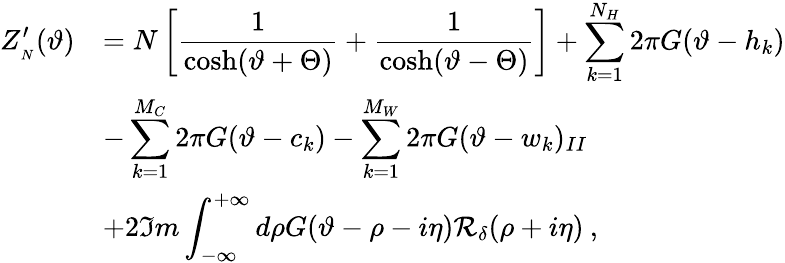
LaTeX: \begin{array}{rl}{{\displaystyle Z_{_{N}}^{\prime}(\vartheta)}}&{{=N\left[\displaystyle\frac{1}{\cosh(\vartheta+\Theta)}+\displaystyle\frac{1}{\cosh(\vartheta-\Theta)}\right]+\displaystyle\sum_{k=1}^{N_{H}}2\pi G(\vartheta-h_{k})}}\\ {{}}&{{-\displaystyle\sum_{k=1}^{M_{C}}2\pi G(\vartheta-c_{k})-\displaystyle\sum_{k=1}^{M_{W}}2\pi G(\vartheta-w_{k})_{II}}}\\ {{}}&{{+2\Im m\displaystyle\int_{-\infty}^{+\infty}d\rho G(\vartheta-\rho-i\eta){\cal R}_{\delta}(\rho+i\eta)\: ,}}\end{array}